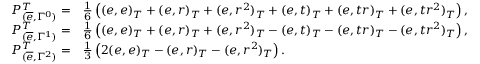
\begin{array} { r l } { P _ { ( \overline { { e } } , \Gamma ^ { 0 } ) } ^ { T } = } & { \frac { 1 } { 6 } \left( ( e , e ) _ { T } + ( e , r ) _ { T } + ( e , r ^ { 2 } ) _ { T } + ( e , t ) _ { T } + ( e , t r ) _ { T } + ( e , t r ^ { 2 } ) _ { T } \right) , } \\ { P _ { ( \overline { { e } } , \Gamma ^ { 1 } ) } ^ { T } = } & { \frac { 1 } { 6 } \left( ( e , e ) _ { T } + ( e , r ) _ { T } + ( e , r ^ { 2 } ) _ { T } - ( e , t ) _ { T } - ( e , t r ) _ { T } - ( e , t r ^ { 2 } ) _ { T } \right) , } \\ { P _ { ( \overline { { e } } , \Gamma ^ { 2 } ) } ^ { T } = } & { \frac { 1 } { 3 } \left( 2 ( e , e ) _ { T } - ( e , r ) _ { T } - ( e , r ^ { 2 } ) _ { T } \right) . } \end{array}